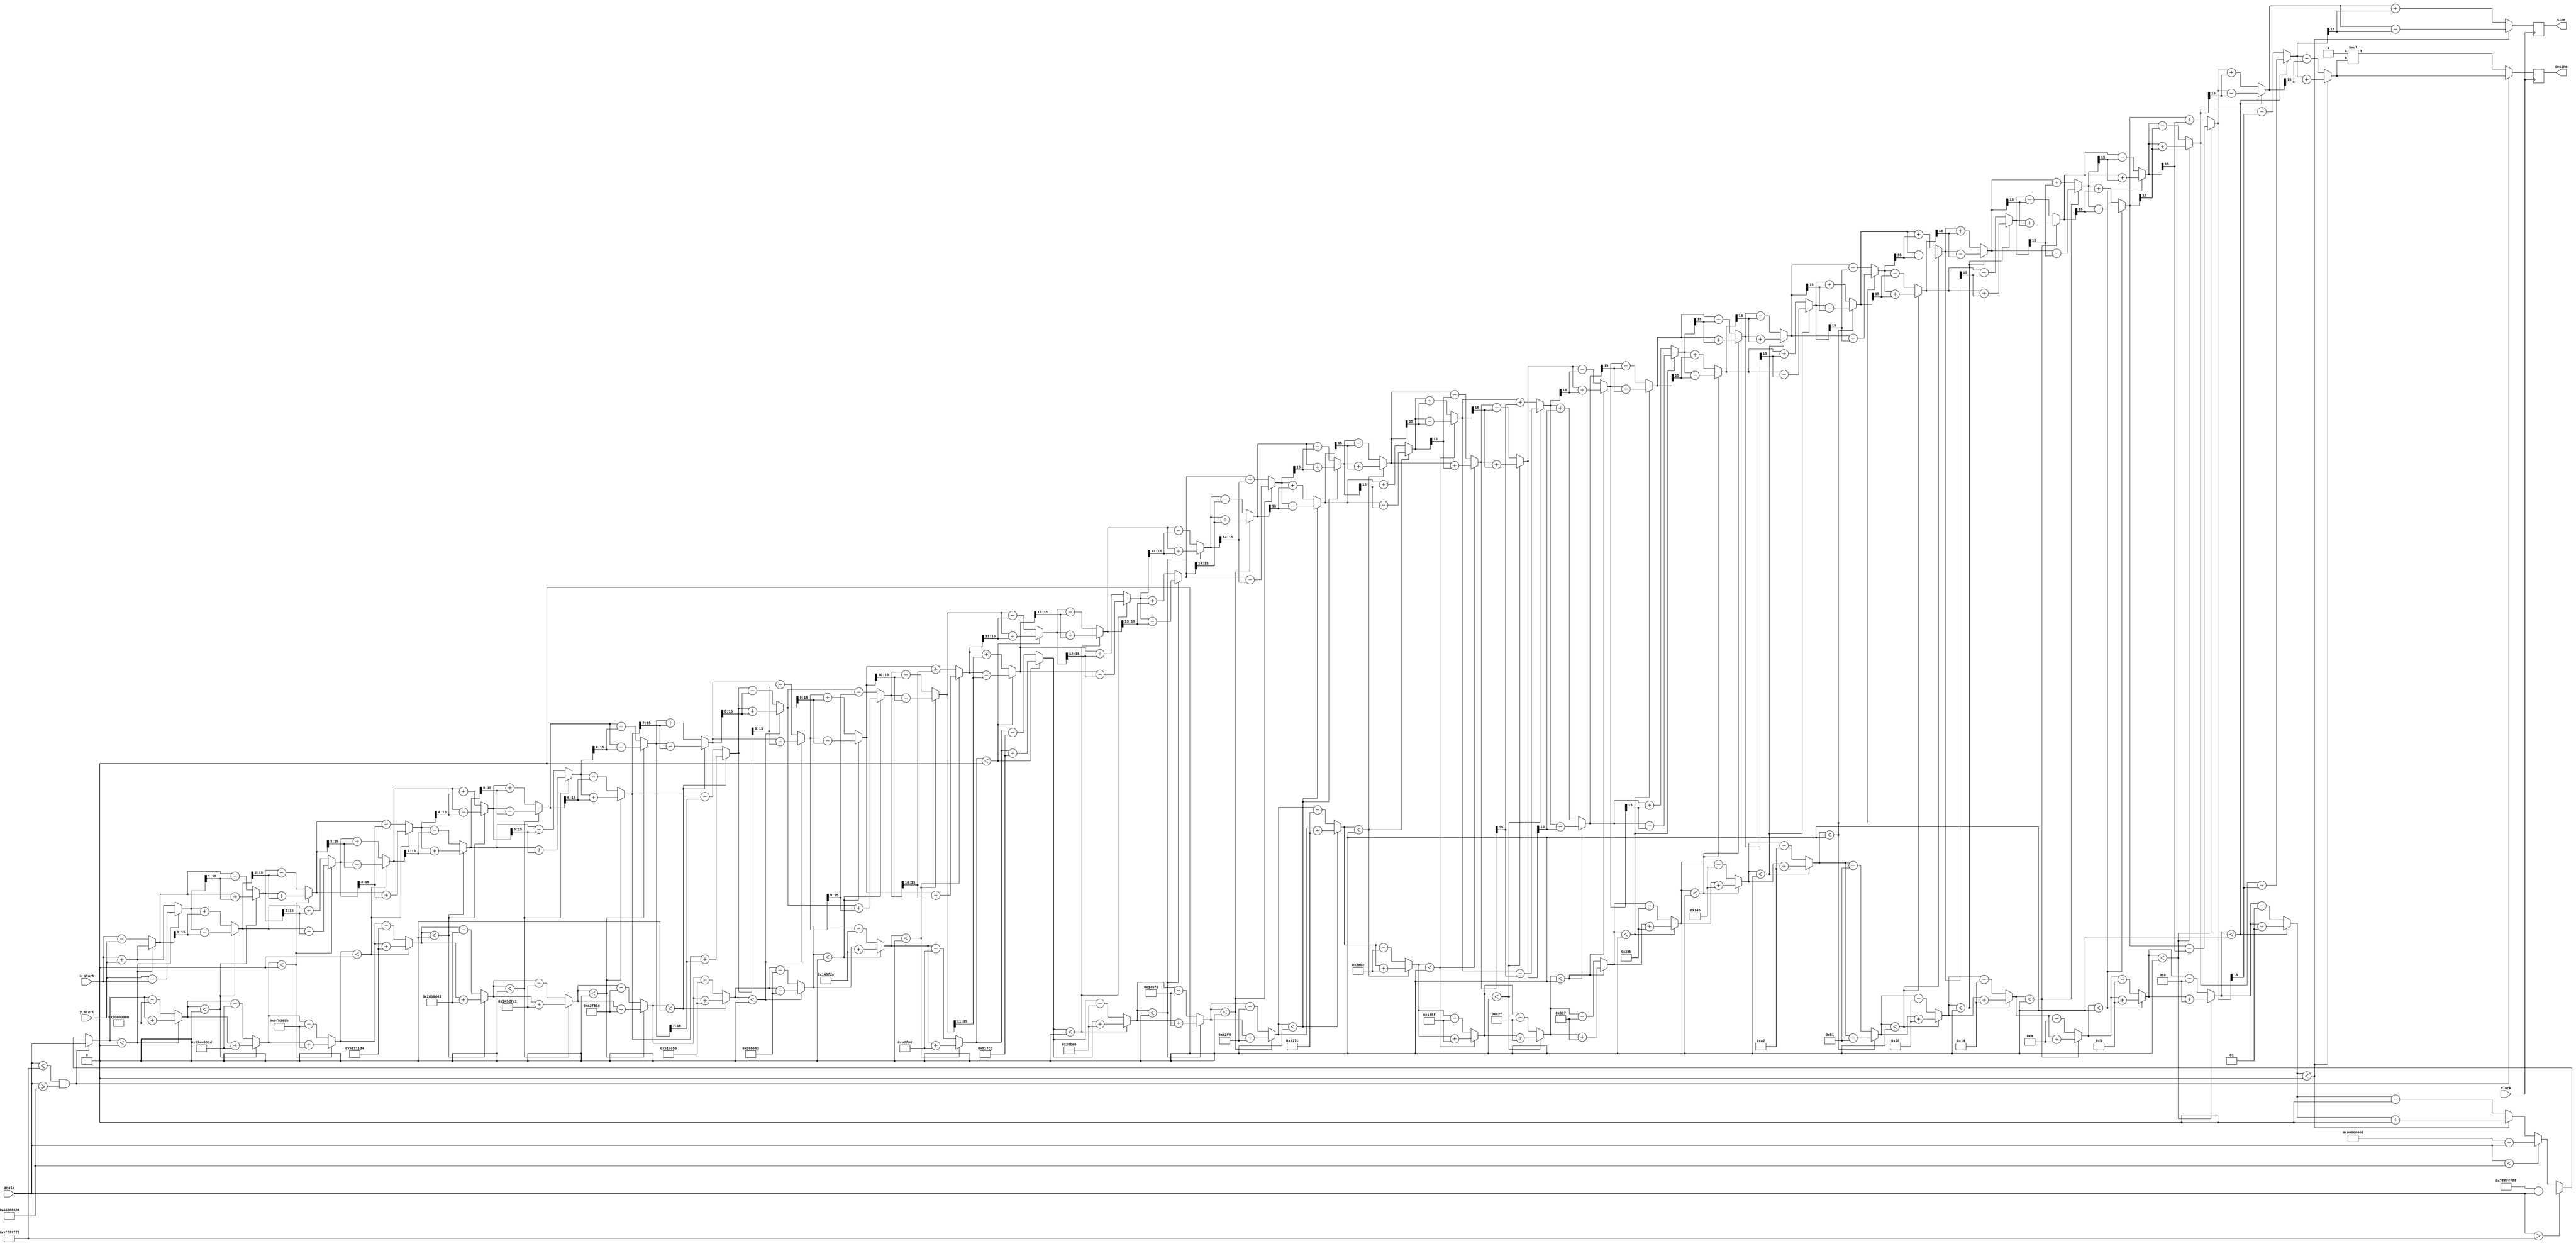
module CORDIC(clock, cosine, sine, x_start, y_start, angle);

  parameter width = 16;

  // Inputs
  input clock;
  input signed [width-1:0] x_start,y_start; 
  input signed [31:0] angle;

  // Outputs
  output reg signed   [width-1:0] sine, cosine;

  // Generate table of atan values
  wire signed [31:0] atan_table [0:30];
                          
  assign atan_table[00] = 'b00100000000000000000000000000000; // 45.000 degrees -> atan(2^0)
  assign atan_table[01] = 'b00010010111001000000010100011101; // 26.565 degrees -> atan(2^-1)
  assign atan_table[02] = 'b00001001111110110011100001011011; // 14.036 degrees -> atan(2^-2)
  assign atan_table[03] = 'b00000101000100010001000111010100; // atan(2^-3)
  assign atan_table[04] = 'b00000010100010110000110101000011;
  assign atan_table[05] = 'b00000001010001011101011111100001;
  assign atan_table[06] = 'b00000000101000101111011000011110;
  assign atan_table[07] = 'b00000000010100010111110001010101;
  assign atan_table[08] = 'b00000000001010001011111001010011;
  assign atan_table[09] = 'b00000000000101000101111100101110;
  assign atan_table[10] = 'b00000000000010100010111110011000;
  assign atan_table[11] = 'b00000000000001010001011111001100;
  assign atan_table[12] = 'b00000000000000101000101111100110;
  assign atan_table[13] = 'b00000000000000010100010111110011;
  assign atan_table[14] = 'b00000000000000001010001011111001;
  assign atan_table[15] = 'b00000000000000000101000101111100;
  assign atan_table[16] = 'b00000000000000000010100010111110;
  assign atan_table[17] = 'b00000000000000000001010001011111;
  assign atan_table[18] = 'b00000000000000000000101000101111;
  assign atan_table[19] = 'b00000000000000000000010100010111;
  assign atan_table[20] = 'b00000000000000000000001010001011;
  assign atan_table[21] = 'b00000000000000000000000101000101;
  assign atan_table[22] = 'b00000000000000000000000010100010;
  assign atan_table[23] = 'b00000000000000000000000001010001;
  assign atan_table[24] = 'b00000000000000000000000000101000;
  assign atan_table[25] = 'b00000000000000000000000000010100;
  assign atan_table[26] = 'b00000000000000000000000000001010;
  assign atan_table[27] = 'b00000000000000000000000000000101;
  assign atan_table[28] = 'b00000000000000000000000000000010;
  assign atan_table[29] = 'b00000000000000000000000000000001;
  assign atan_table[30] = 'b00000000000000000000000000000000;

    reg signed [31:0] z;  
    reg signed [width-1:0] x_end, y_end;
    reg signed [width-1:0] x_buff, y_buff;
    integer i;

    always@(posedge clock)begin
        sine <= y_end ;
        cosine <= x_end;
    end

    always@(*)begin
        if(angle <= 1073741823 && angle>=-1073741823)begin
        z = angle;

    end else if(angle > 1073741823 )begin
        z = 2147483647 - angle;

    end else if(angle< -1073741823 )begin
        z = -2147483647 - angle;

    end 

    x_end = x_start;
    y_end = y_start;
    for(i=0;i<31;i=i+1)begin
        x_buff = z < 0 ? ( x_end + (y_end >>> i) ) : ( x_end - (y_end >>> i) );
        y_buff = z < 0 ? ( y_end - (x_end >>> i) ) : ( y_end + (x_end >>> i) );
        z     =  z < 0 ? ( z + atan_table[i]     ) : ( z - atan_table[i]     );
        x_end = x_buff;
        y_end = y_buff;
    end
    
    if(angle <= 1073741823 && angle>=-1073741823)
        x_end = x_end;
    else x_end = -1*x_end;

end

endmodule